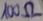
Text: 100Ω